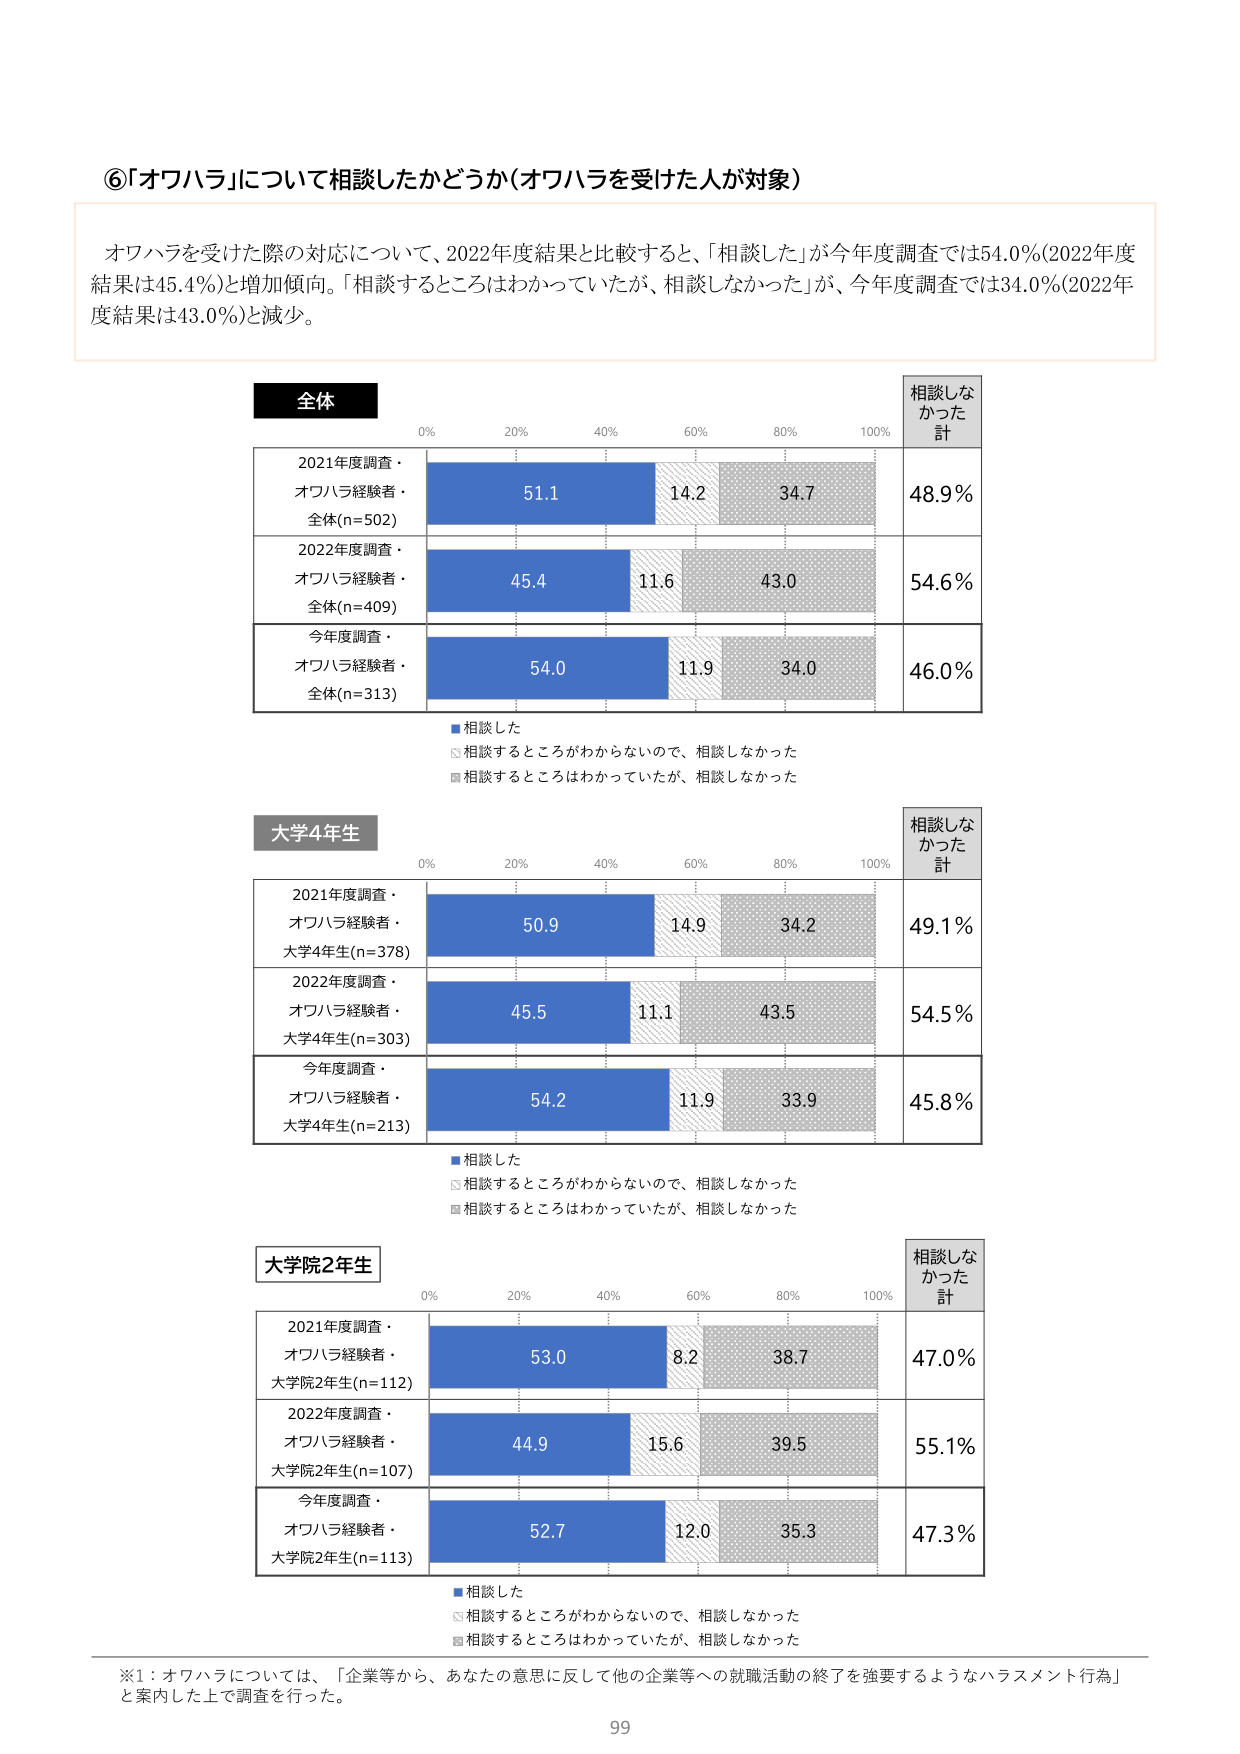
⑥「オワハラ」について相談したかどうか（オワハラを受けた人が対象）

オワハラを受けた際の対応について、2022年度結果と比較すると、「相談した」が今年度調査では54.0％（2022年度結果は45.4％）と増加傾向。「相談するところはわかっていたが、相談しなかった」が、今年度調査では34.0％（2022年度結果は43.0％）と減少。

全体
0% 20% 40% 60% 80% 100%
相談しなかった 計
2021年度調査・オワハラ経験者・全体(n=502) 51.1 14.2 34.7 48.9%
2022年度調査・オワハラ経験者・全体(n=409) 45.4 11.6 43.0 54.6%
今年度調査・オワハラ経験者・全体(n=313) 54.0 11.9 34.0 46.0%
■相談した
□相談するところがわからないので、相談しなかった
■相談するところはわかっていたが、相談しなかった

大学4年生
0% 20% 40% 60% 80% 100%
相談しなかった 計
2021年度調査・オワハラ経験者・大学4年生(n=378) 50.9 14.9 34.2 49.1%
2022年度調査・オワハラ経験者・大学4年生(n=303) 45.5 11.1 43.5 54.5%
今年度調査・オワハラ経験者・大学4年生(n=213) 54.2 11.9 33.9 45.8%
■相談した
□相談するところがわからないので、相談しなかった
■相談するところはわかっていたが、相談しなかった

大学院2年生
0% 20% 40% 60% 80% 100%
相談しなかった 計
2021年度調査・オワハラ経験者・大学院2年生(n=112) 53.0 8.2 38.7 47.0%
2022年度調査・オワハラ経験者・大学院2年生(n=107) 44.9 15.6 39.5 55.1%
今年度調査・オワハラ経験者・大学院2年生(n=113) 52.7 12.0 35.3 47.3%
■相談した
□相談するところがわからないので、相談しなかった
■相談するところはわかっていたが、相談しなかった

※1：オワハラについては、「企業等から、あなたの意思に反して他の企業等への就職活動の終了を強要するようなハラスメント行為」と案内した上で調査を行った。

99